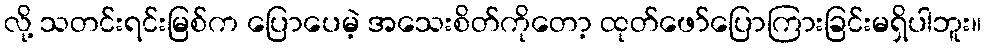
လို့ သတင်းရင်းမြစ်က ပြောပေမဲ့ အသေးစိတ်ကိုတော့ ထုတ်ဖော်ပြောကြားခြင်းမရှိပါဘူး။